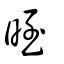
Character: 晊